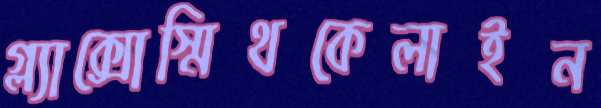
গ্ল্যাক্সোস্মিথকেলাইন